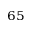
^ { 6 5 }